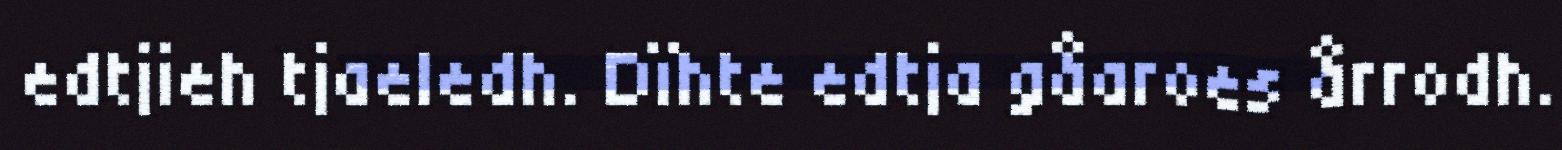
edtjieh tjaeledh. Dïhte edtja gåaroes årrodh.